Annual administration and progress report of the Indian Medical Department, Bombay
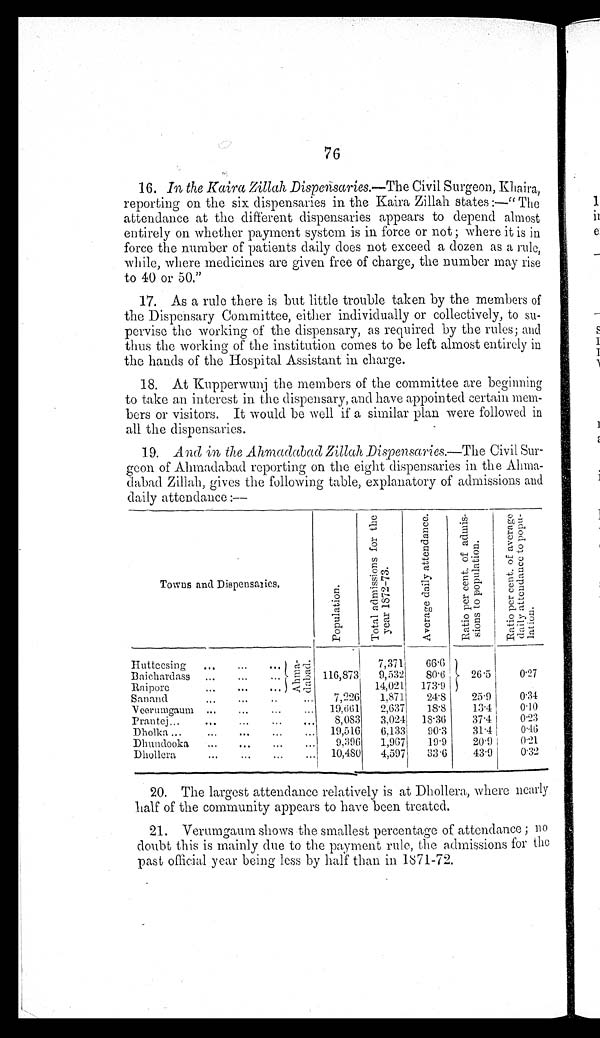
76
16. In the Kaira Zillah Dispensaries.— The Civil Surgeon, Khaira,
reporting on the six dispensaries in the Kaira Zillah states:—"The
attendance at the different dispensaries appears to depend almost
entirely on whether payment system is in force or not; where it is in
force the number of patients daily does not exceed a dozen as a rule,
while, where medicines are given free of charge, the number may rise
to 40 or 50."
17. As a rule there is but little trouble taken by the members of
the Dispensary Committee, either individually or collectively, to su
-
p e r v i s e t h e w o r k i n g o f t h e d i s p e n s a r y , a s r e q u i r e d b y t h e r u l e s ; a n d
thus the working of the institution comes to be left almost entirely in
the hands of the Hospital Assistant in charge.
18. At Kupperwunj the members of the committee are beginning
to take an interest in the dispensary, and have appointed certain
m e m -
b e r s o r v i s i t o r s . I t w o u l d b e w e l l i f a s i m i l a r p l a n w e r e f o l l o w e d i n
all the dispensaries.
19. And in the Ahmadabad Zillah Dispensaries.— The Civil Sur
-
geon of Ahmadabad reporting on the eight dispensaries in the Ahma
-
d a b a d Z i l l a h , g i v e s t h e f o l l o w i n g t a b l e , e x p l a n a t o r y o f a d m i s s i o n s a n d
daily attendance:—
T o w n s a n d D i s p e n s a r i e s .
P o p u l a t i o n
T o t a l a d m i s s i o n s f o r t h e y e a r 1 8 7 2 - 7 3 .
A v e r a g e d a i l y a t t e n d a n c e .
R a t i o p e r c e n t . o f a d m i s s i o n s t o p o p u l a t i o n .
R a t i o p e r c e n t . o f a v e r a g e d a i l y a t t e n d a n c e t o p o p u l a t i o n .
Hutteesing
. . .
A h m a - d a b a d .
7 , 3 7 1
66.6
Baichardass . . .
116,873 9,532
80.6
26.5
0.27
Raipore . . .
14,021 173.9
Sanand . . .
7,226
1,871 ,
24.8
25.9
0.34
Veerumgaum . . .
19,661
2,637
18.8
13.4
0.10
Prantej . . .
8,083
3,024
1 8 . 3 6
37.4
0.23
Dholka . . .
19,516
6,133
90.3
31.4
0. 46
Dhundooka . . .
9.396
1, 967
19.9
20.9
0.21
Dhollera . . .
10,480 4,597
33.6
43.9
0.32
20. The largest attendance relatively is at Dhollera, where nearly
half of the community appears to have been treated.
21. Verumgaum shows the smallest percentage of attendance; no
doubt this is mainly due to the payment rule, the admissions for the
past official year being less by half than in 1871-72.